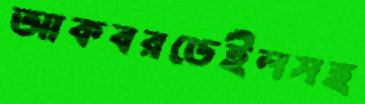
আকবরডেইলসহ